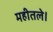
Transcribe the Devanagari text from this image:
महीतले।